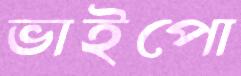
ভাইপো